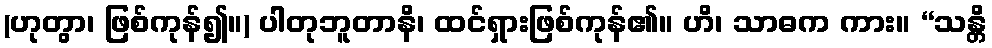
(ဟုတွာ၊ ဖြစ်ကုန်၍။) ပါတုဘူတာနိ၊ ထင်ရှားဖြစ်ကုန်၏။ ဟိ၊ သာဓက ကား။ “သန္တိ